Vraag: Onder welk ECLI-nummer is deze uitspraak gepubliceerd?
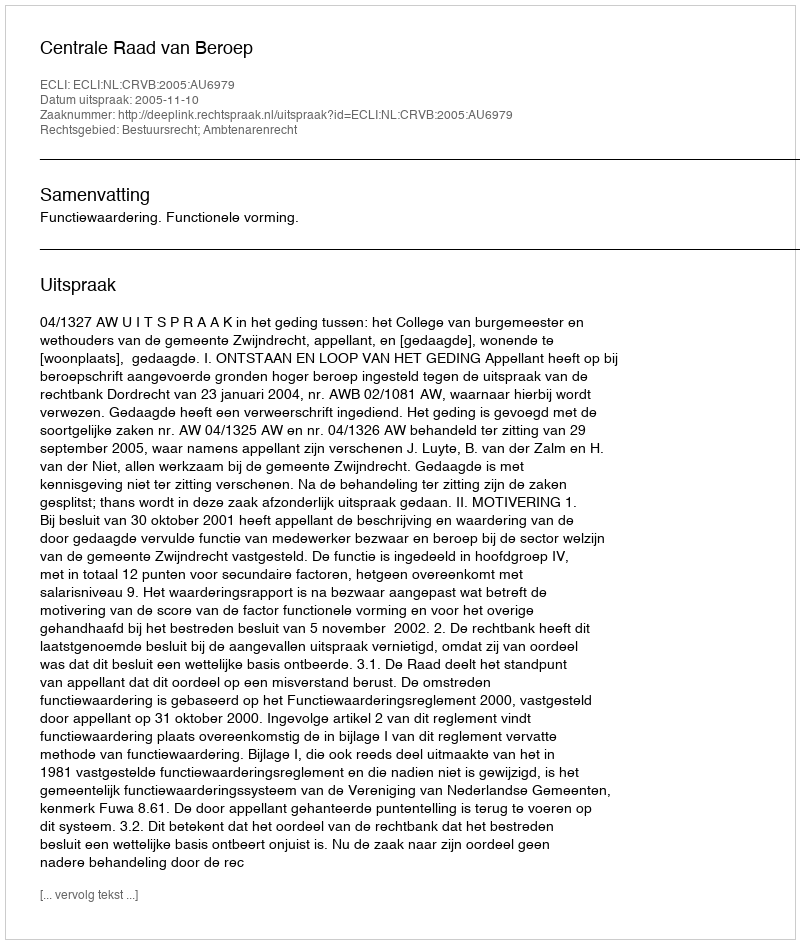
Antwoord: ECLI:NL:CRVB:2005:AU6979